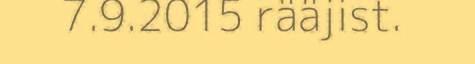
7.9.2015 rääjist.